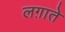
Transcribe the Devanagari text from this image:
लग़ाते